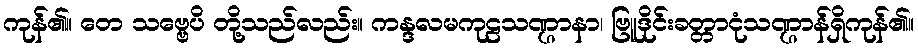
ကုန်၏။ တေ သဗ္ဗေပိ တို့သည်လည်း။ ကန္ဒလမကုဠသဏ္ဌာနာ၊ ဗြူဒိုင်းခတ္တာငုံသဏ္ဌာန်ရှိကုန်၏။